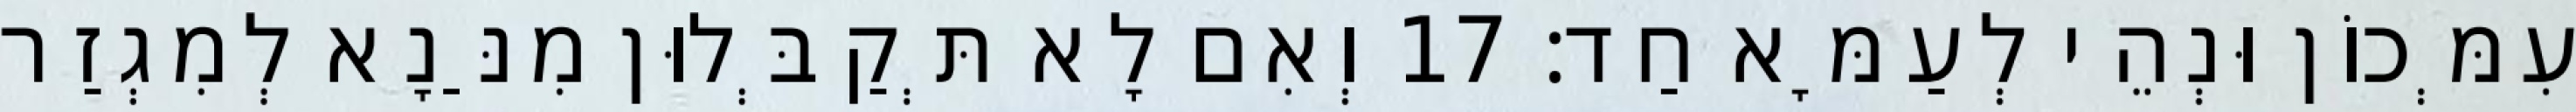
עִמְּכוֹן וּנְהֵי לְעַמָּא חַד׃ 17 וְאִם לָא תְּקַבְּלוּן מִנַּנָא לְמִגְזַר